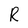
Character: R